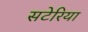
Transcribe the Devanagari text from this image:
सटेरिया